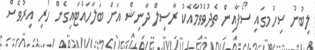
ލިބުނު ސިހުމގައި ސޯފާއިން ތެދުވެވުމާއެކު ރާސިލް ދާނިޝް އަށް ބަލަހައްޓައިގެން ހުރި އިރުވެސް